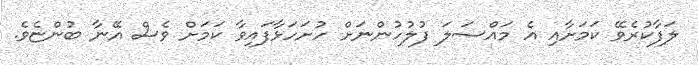
ލަފާކުރެވޭ ކަމަށާއި އެ މައްސަލަ ފުލުހުންނަށް ހުށަހަޅާފައިވާ ކަމަށް ވެސް އޭނާ ބުންޏެވެ.